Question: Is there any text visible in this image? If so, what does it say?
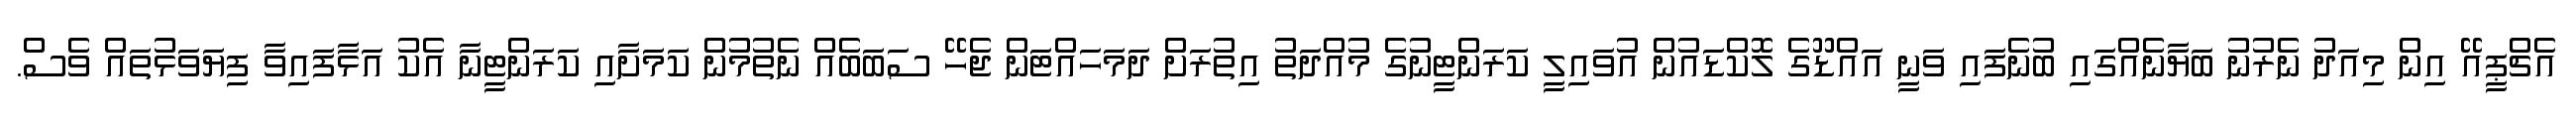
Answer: އެޗްޕީއޭ އިން މިއަދު ނެރުނު ބަޔާނެއްގައި ބުނެފައި ވަނީ އައްޑޫގެ ލޮކްޑައުން އުވައިލީ ކަރަންޓީނުގެ މުއްދަތު އިތުރަށް ދަމަހައްޓަން ޖެހޭ ސަބަބެއް ނެތުމުން ކަމަށާއި ކަރަންޓީނާ އެކު އަޅާފައިވާ ފިޔަވަޅުތައް ވެސް.